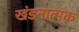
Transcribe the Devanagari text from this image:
खंडनात्मक